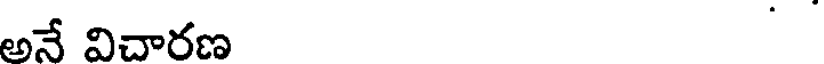
అనే విచారణ .